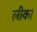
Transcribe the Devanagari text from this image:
लीक।